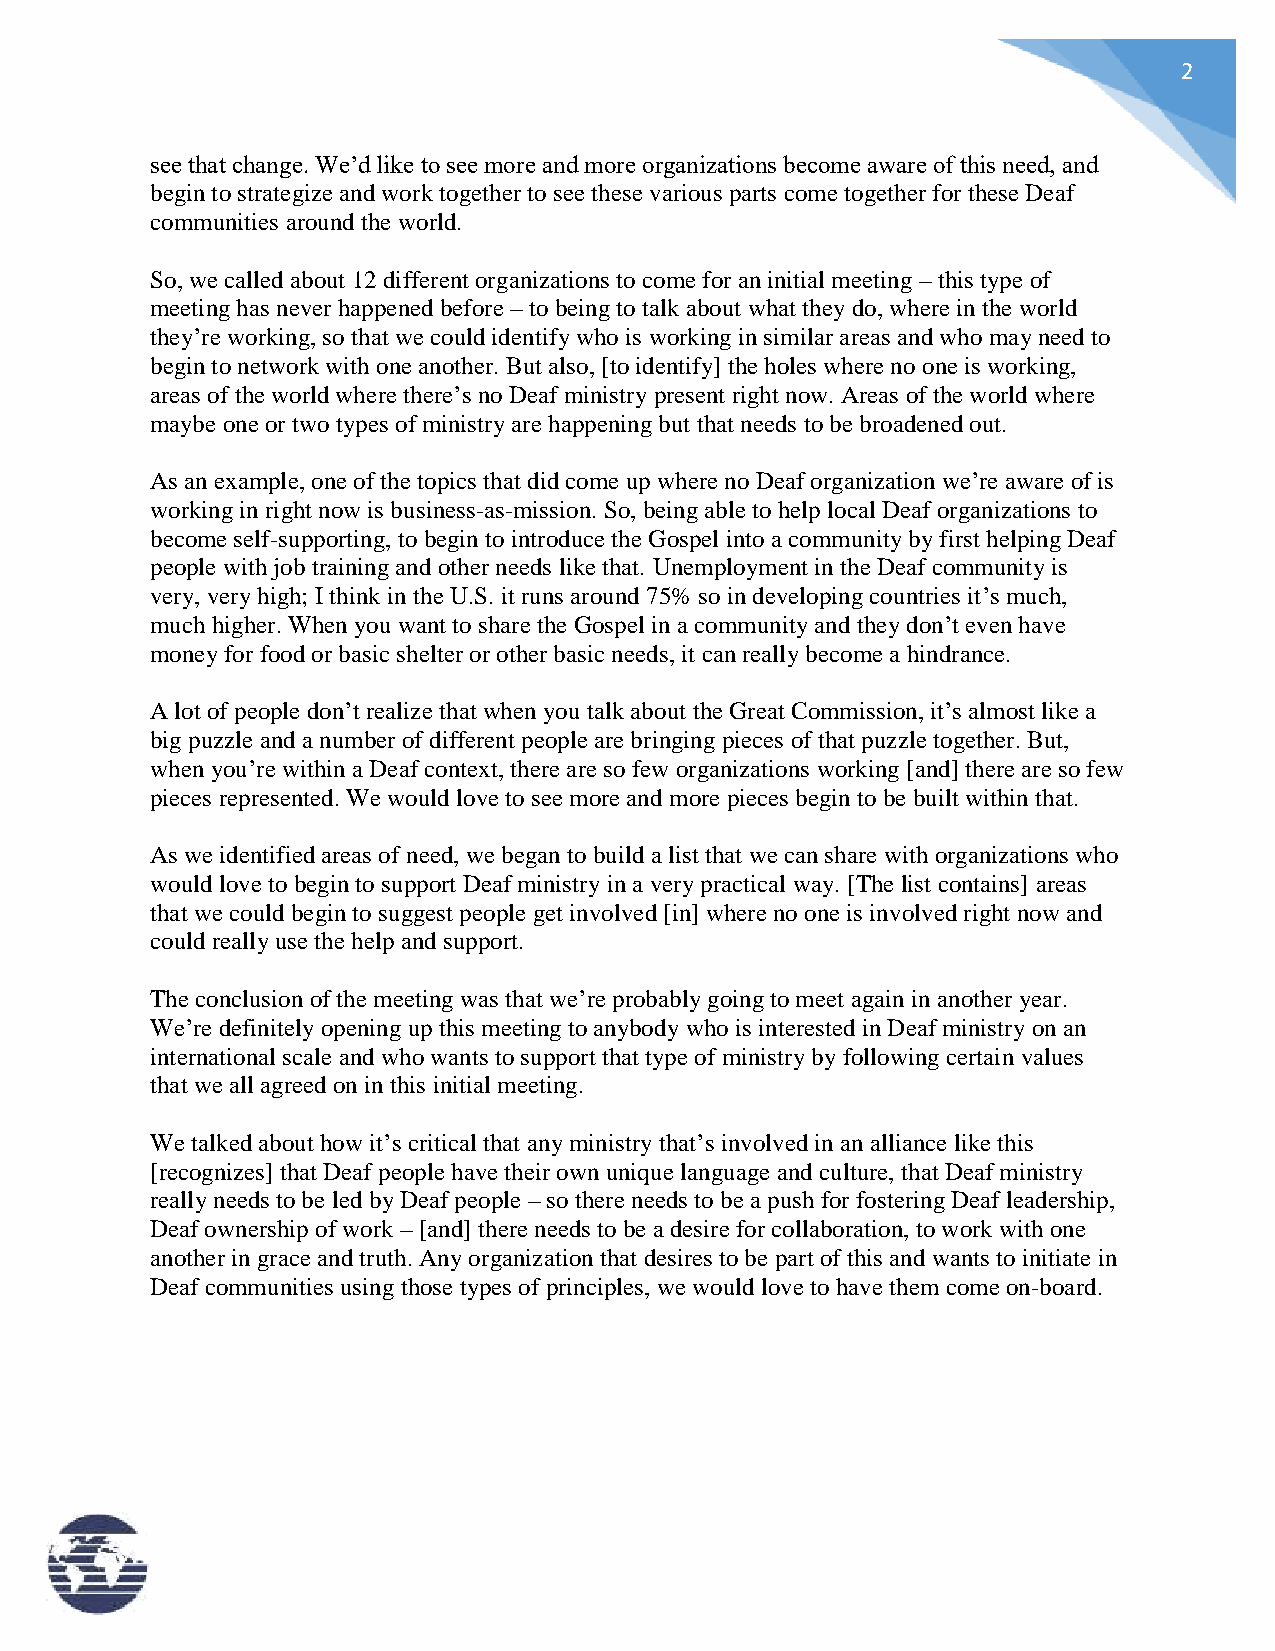
2
 see that change. We’d like to see more and more organizations become aware of this need, and
 begin to strategize and work together to see these various parts come together for these Deaf
 communities around the world.
 So, we called about 12 different organizations to come for an initial meeting – this type of
 meeting has never happened before – to being to talk about what they do, where in the world
 they’re working, so that we could identify who is working in similar areas and who may need to
 begin to network with one another. But also, [to identify] the holes where no one is working,
 areas of the world where there’s no Deaf ministry present right now. Areas of the world where
 maybe one or two types of ministry are happening but that needs to be broadened out.
 As an example, one of the topics that did come up where no Deaf organization we’re aware of is
 working in right now is business-as-mission. So, being able to help local Deaf organizations to
 become self-supporting, to begin to introduce the Gospel into a community by first helping Deaf
 people with job training and other needs like that. Unemployment in the Deaf community is
 very, very high; I think in the U.S. it runs around 75% so in developing countries it’s much,
 much higher. When you want to share the Gospel in a community and they don’t even have
 money for food or basic shelter or other basic needs, it can really become a hindrance.
 A lot of people don’t realize that when you talk about the Great Commission, it’s almost like a
 big puzzle and a number of different people are bringing pieces of that puzzle together. But,
 when you’re within a Deaf context, there are so few organizations working [and] there are so few
 pieces represented. We would love to see more and more pieces begin to be built within that.
 As we identified areas of need, we began to build a list that we can share with organizations who
 would love to begin to support Deaf ministry in a very practical way. [The list contains] areas
 that we could begin to suggest people get involved [in] where no one is involved right now and
 could really use the help and support.
 The conclusion of the meeting was that we’re probably going to meet again in another year.
 We’re definitely opening up this meeting to anybody who is interested in Deaf ministry on an
 international scale and who wants to support that type of ministry by following certain values
 that we all agreed on in this initial meeting.
 We talked about how it’s critical that any ministry that’s involved in an alliance like this
 [recognizes] that Deaf people have their own unique language and culture, that Deaf ministry
 really needs to be led by Deaf people – so there needs to be a push for fostering Deaf leadership,
 Deaf ownership of work – [and] there needs to be a desire for collaboration, to work with one
 another in grace and truth. Any organization that desires to be part of this and wants to initiate in
 Deaf communities using those types of principles, we would love to have them come on-board.